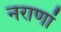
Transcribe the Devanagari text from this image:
नराणां